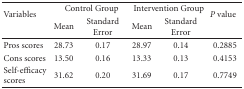
<table><thead><tr><td rowspan="2"><b>Variables</b></td><td colspan="2"><b>Control Group</b></td><td colspan="2"><b>Intervention Group</b></td><td rowspan="2"><b><i>P </i>value</b></td></tr><tr><td><b>Mean</b></td><td><b>Standard Error</b></td><td><b>Mean</b></td><td><b>Standard Error</b></td></tr></thead><tbody><tr><td>Pros scores</td><td>28.73</td><td>0.17</td><td>28.97</td><td>0.14</td><td>0.2885</td></tr><tr><td>Cons scores</td><td>13.50</td><td>0.16</td><td>13.33</td><td>0.13</td><td>0.4153</td></tr><tr><td>Self-efficacy scores</td><td>31.62</td><td>0.20</td><td>31.69</td><td>0.17</td><td>0.7749</td></tr></tbody></table>